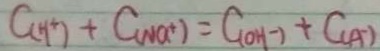
C ( H ^ { + } ) + C _ { ( N a ^ { + } ) } = C _ { ( O H ^ { - } ) } + C ( _ { A ^ { - } } )